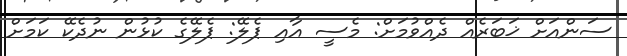
ސަންއަށް ޚަބަރެއް ދެއްވުމަށް: މެސީ އާއި ޕެލޭ: ޕެލޭގެ ކުޅުން ނުދެކޭ ކަމަށް